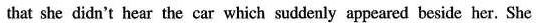
that she didn't hear the car which suddenly appeared beside her. She